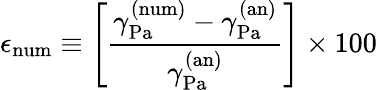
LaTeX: \epsilon_{\mathrm{{num}}}\equiv\left[\frac{\gamma_{\mathrm{{Pa}}}^{\mathrm{{(num)}}}-\gamma_{\mathrm{{Pa}}}^{\mathrm{{(an)}}}}{\gamma_{\mathrm{{Pa}}}^{\mathrm{{(an)}}}}\right]\times 100\